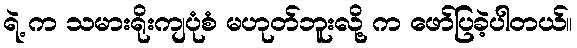
ရဲ့ က သမားရိုးကျပုံစံ မဟုတ်ဘူးလို့ က ဖော်ပြခဲ့ပါတယ်။